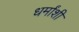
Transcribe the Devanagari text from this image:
धर्मांशी